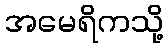
အမေရိကသို့